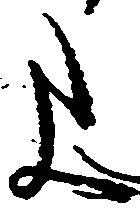
上